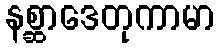
နစ္ဆာဒေတုကာမာ